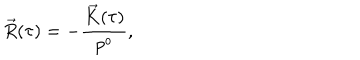
LaTeX: \vec { R } ( \tau ) = - \frac { \vec { K } ( \tau ) } { p ^ { o } } ,